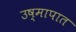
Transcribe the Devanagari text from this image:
उष्मापात